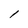
Character: 1